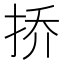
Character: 挢